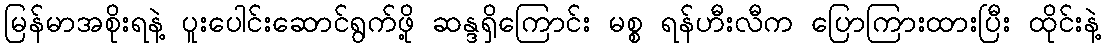
မြန်မာအစိုးရနဲ့ ပူးပေါင်းဆောင်ရွက်ဖို့ ဆန္ဒရှိကြောင်း မစ္စ ရန်ဟီးလီက ပြောကြားထားပြီး ထိုင်းနဲ့